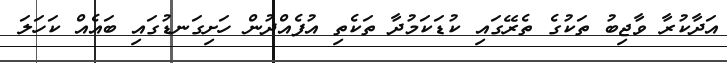
އަދާކުރާ ވާޖިބު ތަކުގެ ތެރޭގައި ކުޑަކަމުދާ ތަކެތި އުފެއްދުން ހަށިގަނޑުގައި ބައެއް ކަހަލަ